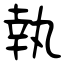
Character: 執